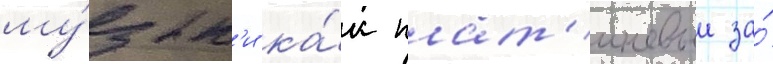
му́зык'и ка́к плат'иновыи за́